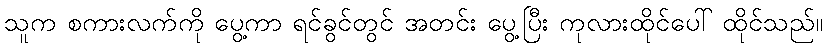
သူက စကားလက်ကို ပွေ့ကာ ရင်ခွင်တွင် အတင်း ပွေ့ပြီး ကုလားထိုင်ပေါ် ထိုင်သည်။